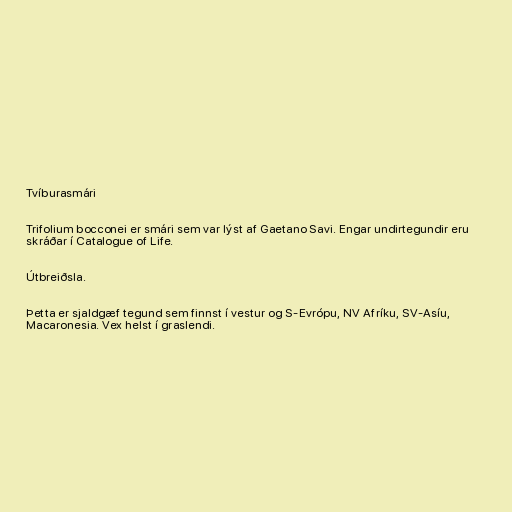
Tvíburasmári

Trifolium bocconei er smári sem var lýst af Gaetano Savi. Engar undirtegundir eru
skráðar í Catalogue of Life.

Útbreiðsla.

Þetta er sjaldgæf tegund sem finnst í vestur og S-Evrópu, NV Afríku, SV-Asíu,
Macaronesia. Vex helst í graslendi.